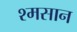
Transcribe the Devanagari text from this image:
श्मसान